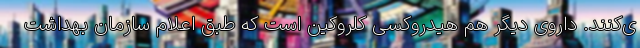
ی‌کنند. داروی دیگر هم هیدروکسی کلروکین است که طبق اعلام سازمان بهداشت